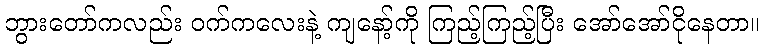
ဘွားတော်ကလည်း ဝက်ကလေးနဲ့ ကျနော့်ကို ကြည့်ကြည့်ပြီး အော်အော်ငိုနေတာ။